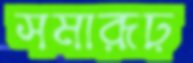
সমারূঢ়